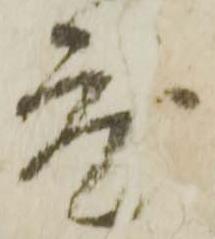
度